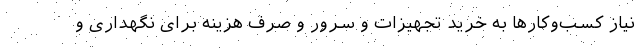
نیاز کسب‌وکارها به خرید تجهیزات و سرور و صرف هزینه برای نگهداری و